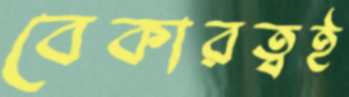
বেকারত্বই